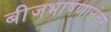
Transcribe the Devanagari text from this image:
बीजभाषणानंतर